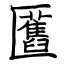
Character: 匶